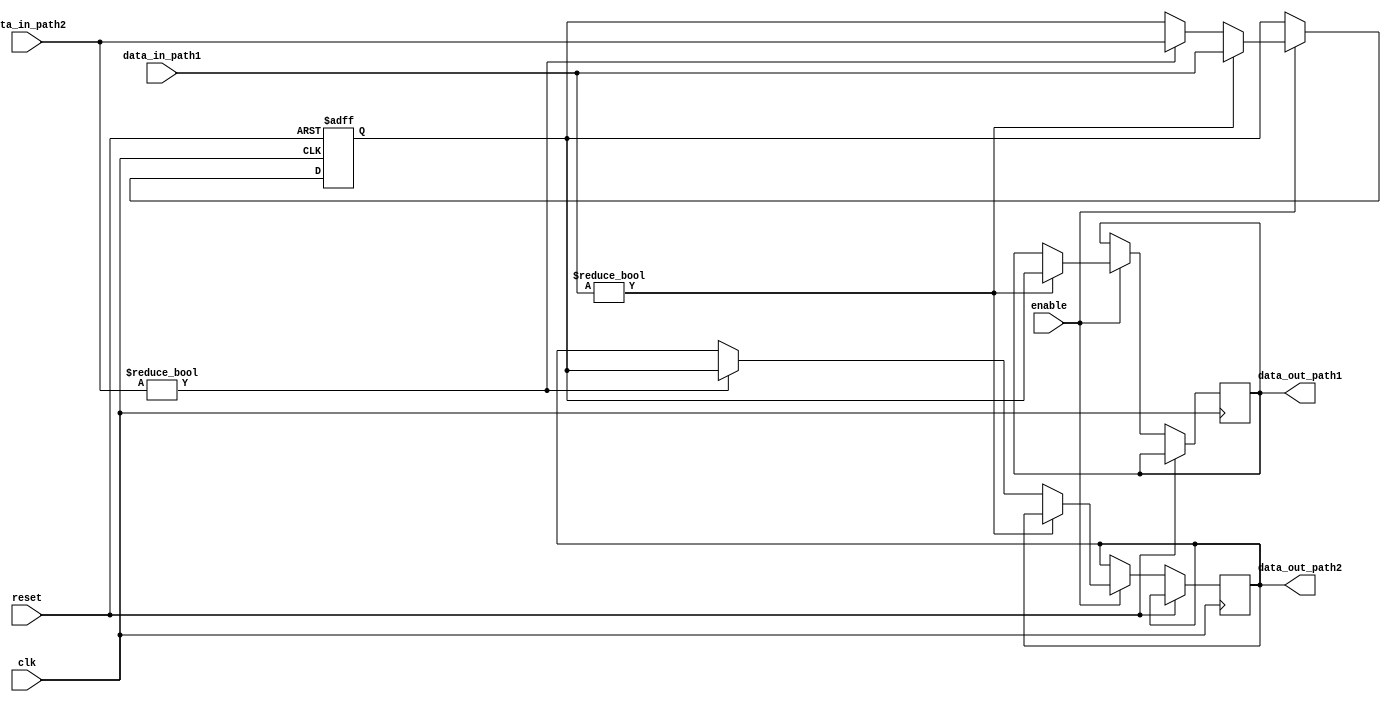
module bypass_register(
    input wire clk,
    input wire reset,
    input wire [7:0] data_in_path1,
    input wire [7:0] data_in_path2,
    input wire enable,
    output reg [7:0] data_out_path1,
    output reg [7:0] data_out_path2
);

reg [7:0] bypass_reg;

always @(posedge clk or posedge reset) begin
    if (reset) begin
        bypass_reg <= 8'd0;
    end else if (enable) begin
        if (data_in_path1 != 8'd0) begin
            bypass_reg <= data_in_path1;
            data_out_path1 <= bypass_reg;
        end else if (data_in_path2 != 8'd0) begin
            bypass_reg <= data_in_path2;
            data_out_path2 <= bypass_reg;
        end
    end
end

endmodule